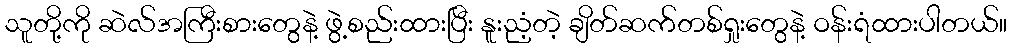
သူတို့ကို ဆဲလ်အကြီးစားတွေနဲ့ ဖွဲ့စည်းထားပြီး နူးညံ့တဲ့ ချိတ်ဆက်တစ်ရှုးတွေနဲ့ ဝန်းရံထားပါတယ်။